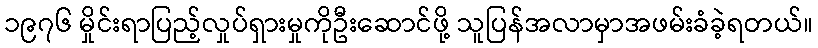
၁၉၇၆ မှိုင်းရာပြည့်လှုပ်ရှားမှုကိုဦးဆောင်ဖို့ သူပြန်အလာမှာအဖမ်းခံခဲ့ရတယ်။